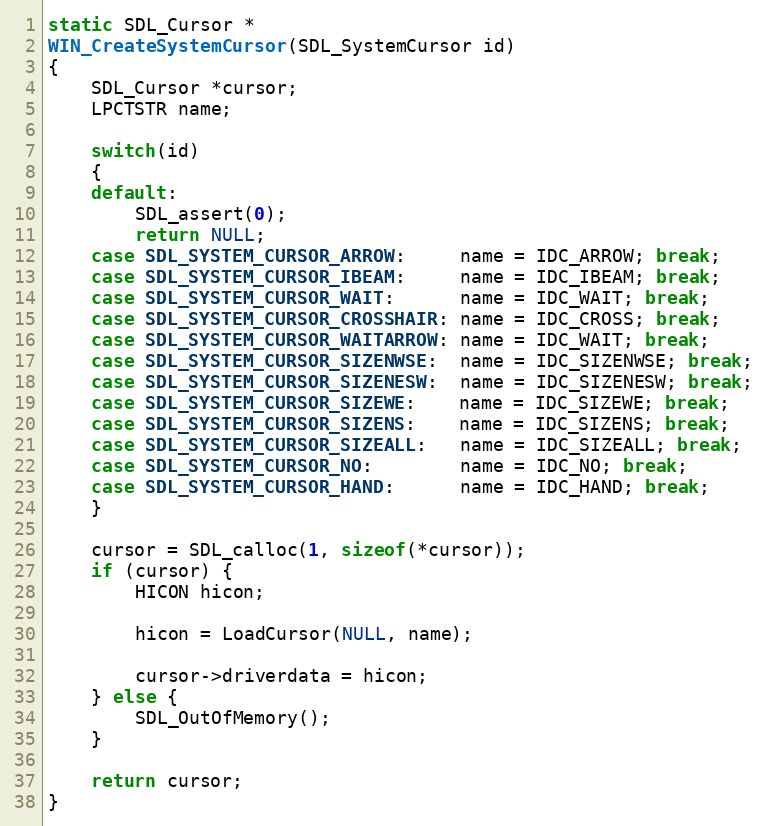
Language: C
static SDL_Cursor *
WIN_CreateSystemCursor(SDL_SystemCursor id)
{
    SDL_Cursor *cursor;
    LPCTSTR name;

    switch(id)
    {
    default:
        SDL_assert(0);
        return NULL;
    case SDL_SYSTEM_CURSOR_ARROW:     name = IDC_ARROW; break;
    case SDL_SYSTEM_CURSOR_IBEAM:     name = IDC_IBEAM; break;
    case SDL_SYSTEM_CURSOR_WAIT:      name = IDC_WAIT; break;
    case SDL_SYSTEM_CURSOR_CROSSHAIR: name = IDC_CROSS; break;
    case SDL_SYSTEM_CURSOR_WAITARROW: name = IDC_WAIT; break;
    case SDL_SYSTEM_CURSOR_SIZENWSE:  name = IDC_SIZENWSE; break;
    case SDL_SYSTEM_CURSOR_SIZENESW:  name = IDC_SIZENESW; break;
    case SDL_SYSTEM_CURSOR_SIZEWE:    name = IDC_SIZEWE; break;
    case SDL_SYSTEM_CURSOR_SIZENS:    name = IDC_SIZENS; break;
    case SDL_SYSTEM_CURSOR_SIZEALL:   name = IDC_SIZEALL; break;
    case SDL_SYSTEM_CURSOR_NO:        name = IDC_NO; break;
    case SDL_SYSTEM_CURSOR_HAND:      name = IDC_HAND; break;
    }

    cursor = SDL_calloc(1, sizeof(*cursor));
    if (cursor) {
        HICON hicon;

        hicon = LoadCursor(NULL, name);

        cursor->driverdata = hicon;
    } else {
        SDL_OutOfMemory();
    }

    return cursor;
}